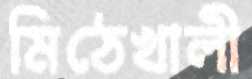
মিঠেখালী